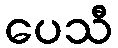
ပေသီ